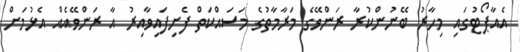
އެއާޕޯޓުގައި މިހާރު ބޭނުންކުރާ ރަންވޭގެ މަރާމާތުގެ މަސައްކަތް ފެށިފައިވާއިރު އާ ރަންވޭއެއް އެޅުމަށް